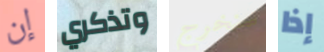
إن وتذكري سنخرج إذا